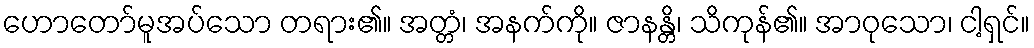
ဟောတော်မူအပ်သော တရား၏။ အတ္တံ၊ အနက်ကို။ ဇာနန္တိ၊ သိကုန်၏။ အာဝုသော၊ ငါ့ရှင်။